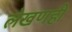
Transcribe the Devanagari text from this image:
लेखणही